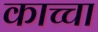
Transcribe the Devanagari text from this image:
काच्चा